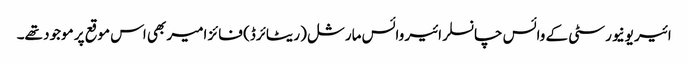
ائیر یونیورسٹی کے وائس چانسلر ائیر وائس مارشل (ریٹائرڈ) فائز امیر بھی اس موقع پر موجود تھے۔